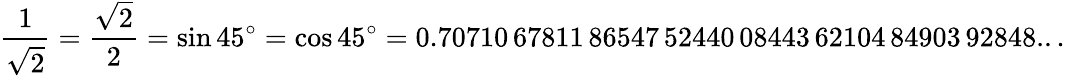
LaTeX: {\frac{1}{\sqrt{2}}}={\frac{\sqrt{2}}{2}}=\sin 45^{\circ}=\cos 45^{\circ}=0.70710\, 67811\, 86547\, 52440\, 08443\, 62104\, 84903\, 92848...